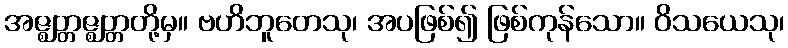
အဇ္ဈတ္တဇ္ဈတ္တတို့မှ။ ဗဟိဘူတေသု၊ အပဖြစ်၍ ဖြစ်ကုန်သော။ ဝိသယေသု၊